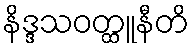
နိဒ္ဒသဝတ္ထူနီတိ